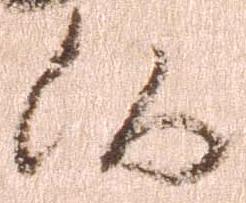
候